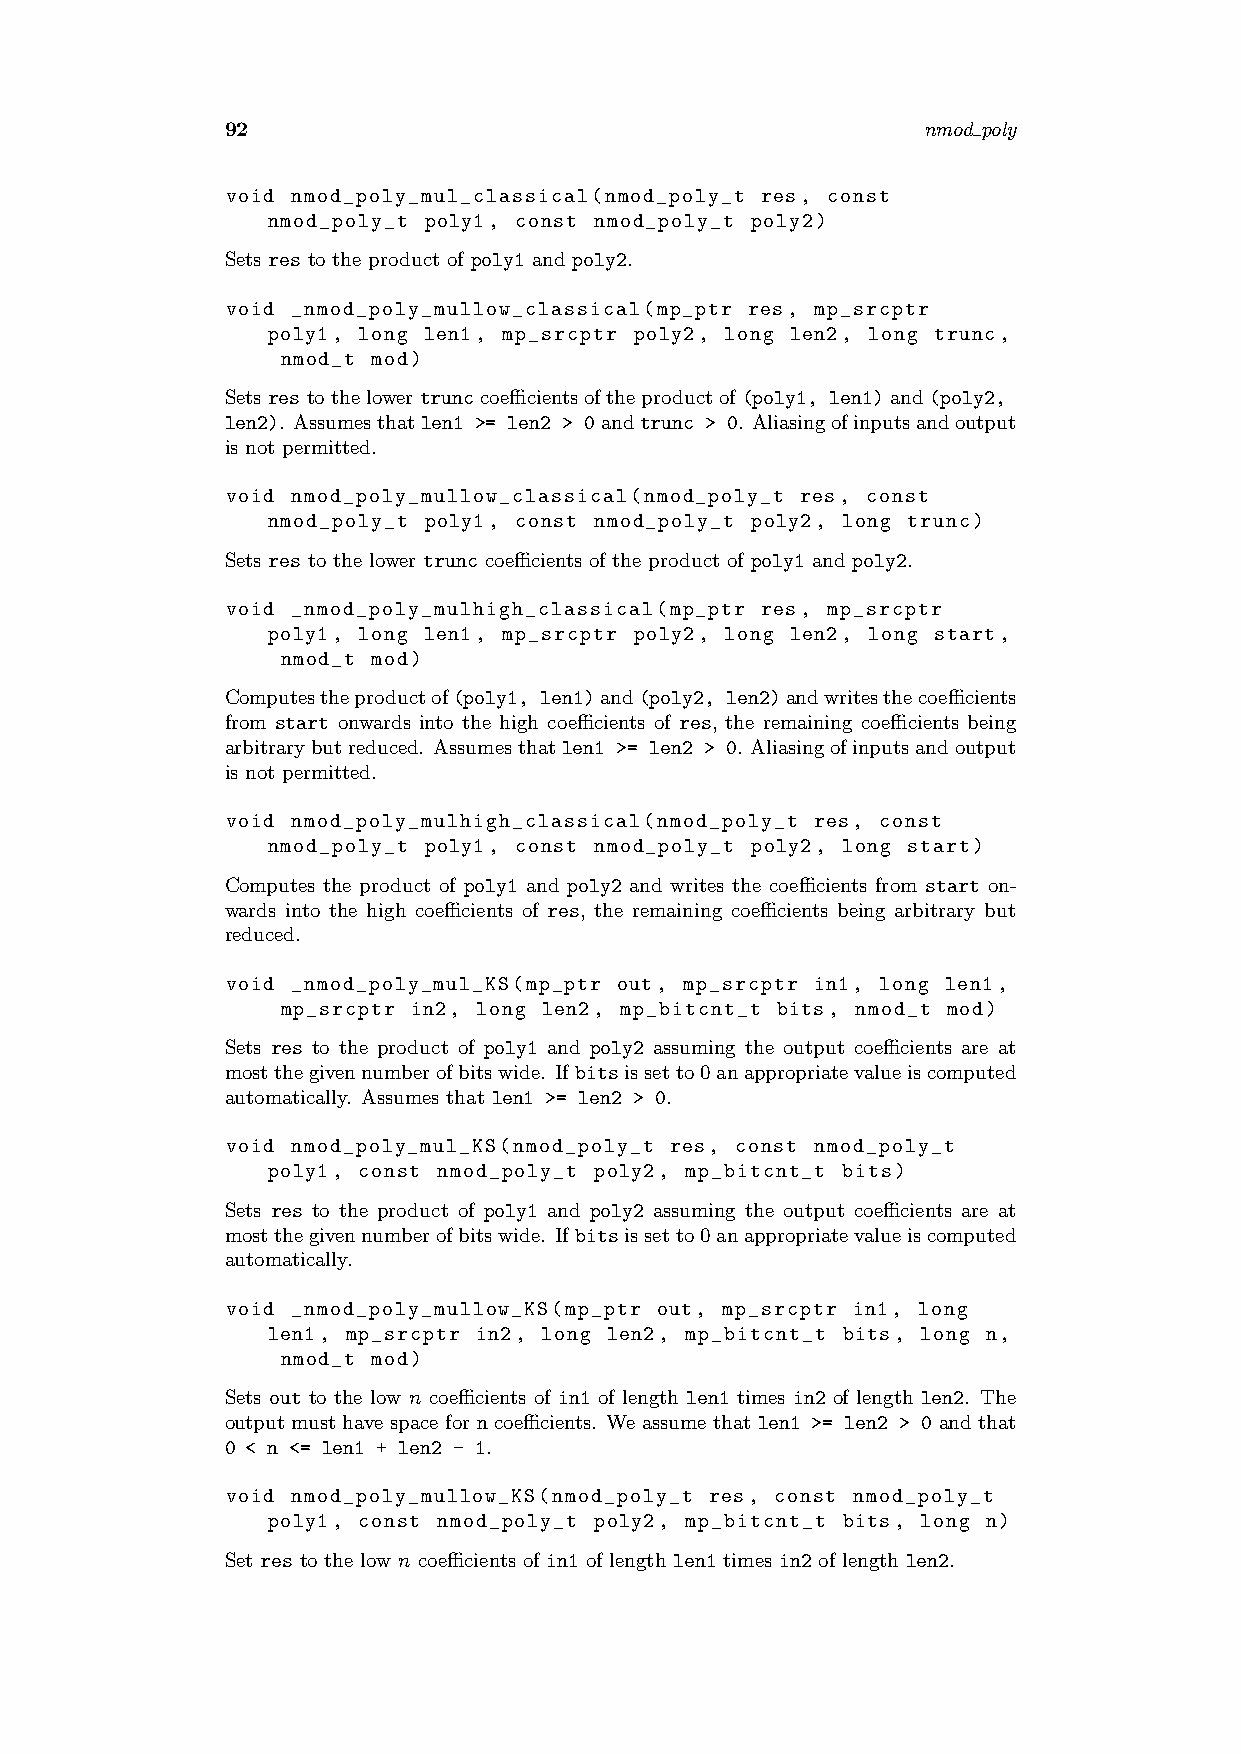
92                                            nmod poly
 void nmod_poly_mul_classical(nmod_poly_t res, const
 nmod_poly_t poly1, const nmod_poly_t poly2)
 Sets res to the product of poly1 and poly2.
 void _nmod_poly_mullow_classical(mp_ptr res, mp_srcptr
 poly1, long len1, mp_srcptr poly2, long len2, long trunc,
 nmod_t mod)
 Setsrestothelowertrunccoefficientsoftheproductof(poly1, len1)and(poly2,
 len2). Assumesthatlen1 >= len2 > 0andtrunc > 0. Aliasingofinputsandoutput
 is not permitted.
 void nmod_poly_mullow_classical(nmod_poly_t res, const
 nmod_poly_t poly1, const nmod_poly_t poly2, long trunc)
 Sets res to the lower trunc coefficients of the product of poly1 and poly2.
 void _nmod_poly_mulhigh_classical(mp_ptr res, mp_srcptr
 poly1, long len1, mp_srcptr poly2, long len2, long start,
 nmod_t mod)
 Computestheproductof(poly1, len1)and(poly2, len2)andwritesthecoefficients
 from start onwards into the high coefficients of res, the remaining coefficients being
 arbitrarybutreduced. Assumesthatlen1 >= len2 > 0. Aliasingofinputsandoutput
 is not permitted.
 void nmod_poly_mulhigh_classical(nmod_poly_t res, const
 nmod_poly_t poly1, const nmod_poly_t poly2, long start)
 Computes the product of poly1 and poly2 and writes the coefficients from start on-
 wards into the high coefficients of res, the remaining coefficients being arbitrary but
 reduced.
 void _nmod_poly_mul_KS(mp_ptr out, mp_srcptr in1, long len1,
 mp_srcptr in2, long len2, mp_bitcnt_t bits, nmod_t mod)
 Sets res to the product of poly1 and poly2 assuming the output coefficients are at
 mostthegivennumberofbitswide. Ifbitsissetto0anappropriatevalueiscomputed
 automatically. Assumes that len1 >= len2 > 0.
 void nmod_poly_mul_KS(nmod_poly_t res, const nmod_poly_t
 poly1, const nmod_poly_t poly2, mp_bitcnt_t bits)
 Sets res to the product of poly1 and poly2 assuming the output coefficients are at
 mostthegivennumberofbitswide. Ifbitsissetto0anappropriatevalueiscomputed
 automatically.
 void _nmod_poly_mullow_KS(mp_ptr out, mp_srcptr in1, long
 len1, mp_srcptr in2, long len2, mp_bitcnt_t bits, long n,
 nmod_t mod)
 Sets out to the low n coefficients of in1 of length len1 times in2 of length len2. The
 output must have space for n coefficients. We assume that len1 >= len2 > 0 and that
 0 < n <= len1 + len2 - 1.
 void nmod_poly_mullow_KS(nmod_poly_t res, const nmod_poly_t
 poly1, const nmod_poly_t poly2, mp_bitcnt_t bits, long n)
 Set res to the low n coefficients of in1 of length len1 times in2 of length len2.